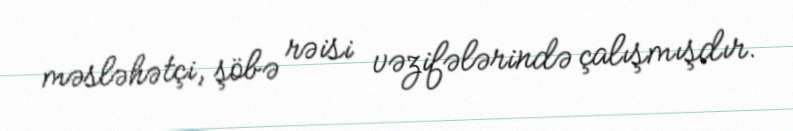
məsləhətçi, şöbə rəisi vəzifələrində çalışmışdır.